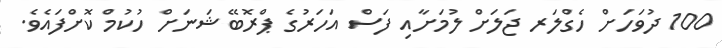
100 ދުވަހަށް ހެގްލަރ ޖަލަށް ލުމަށާއި ފަސް އަހަރުގެ ޕްރޮބޭޝަނަށް ހުކުމް ކޮށްފައެވެ.